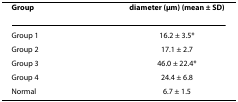
| Group | diameter (μm) (mean ± SD) |
 | --- | --- |
 | Group 1 | 16.2 ± 3.5* |
 | Group 2 | 17.1 ± 2.7 |
 | Group 3 | 46.0 ± 22.4* |
 | Group 4 | 24.4 ± 6.8 |
 | Normal | 6.7 ± 1.5 |